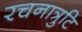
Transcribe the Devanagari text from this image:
रचनात्रुटि